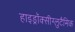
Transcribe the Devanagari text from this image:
हाइड्रॉक्सीग्लुटैमिक